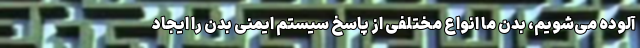
آلوده می‌شویم، بدن ما انواع مختلفی از پاسخ سیستم ایمنی بدن را ایجاد